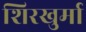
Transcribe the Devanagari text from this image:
शिरखुर्मा